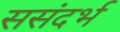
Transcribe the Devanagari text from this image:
ससंदर्भ